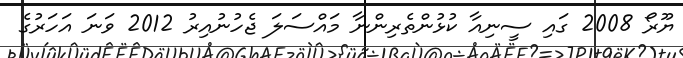
ޔޫރޯ 2008 ގައި ސީނިއާ ކުޅުންތެރިންނާ މައްސަލަ ޖެހުނުއިރު 2012 ވަނަ އަހަރުގެ